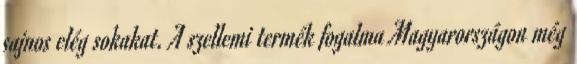
sajnos elég sokakat. A szellemi termék fogalma Magyarországon még